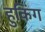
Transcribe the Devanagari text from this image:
हुकिंग